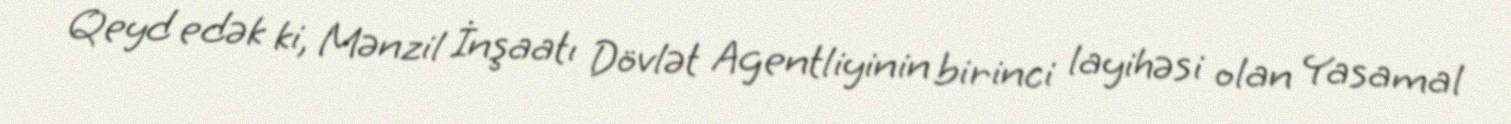
Qeyd edək ki, Mənzil İnşaatı Dövlət Agentliyinin birinci layihəsi olan Yasamal